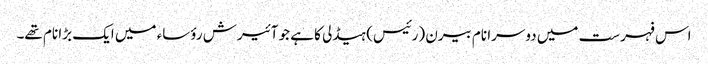
اس فہرست میں دوسرا نام بیرن (رئیس) ہیڈلی کا ہے جو آئیرش رؤساء میں ایک بڑا نام تھے۔